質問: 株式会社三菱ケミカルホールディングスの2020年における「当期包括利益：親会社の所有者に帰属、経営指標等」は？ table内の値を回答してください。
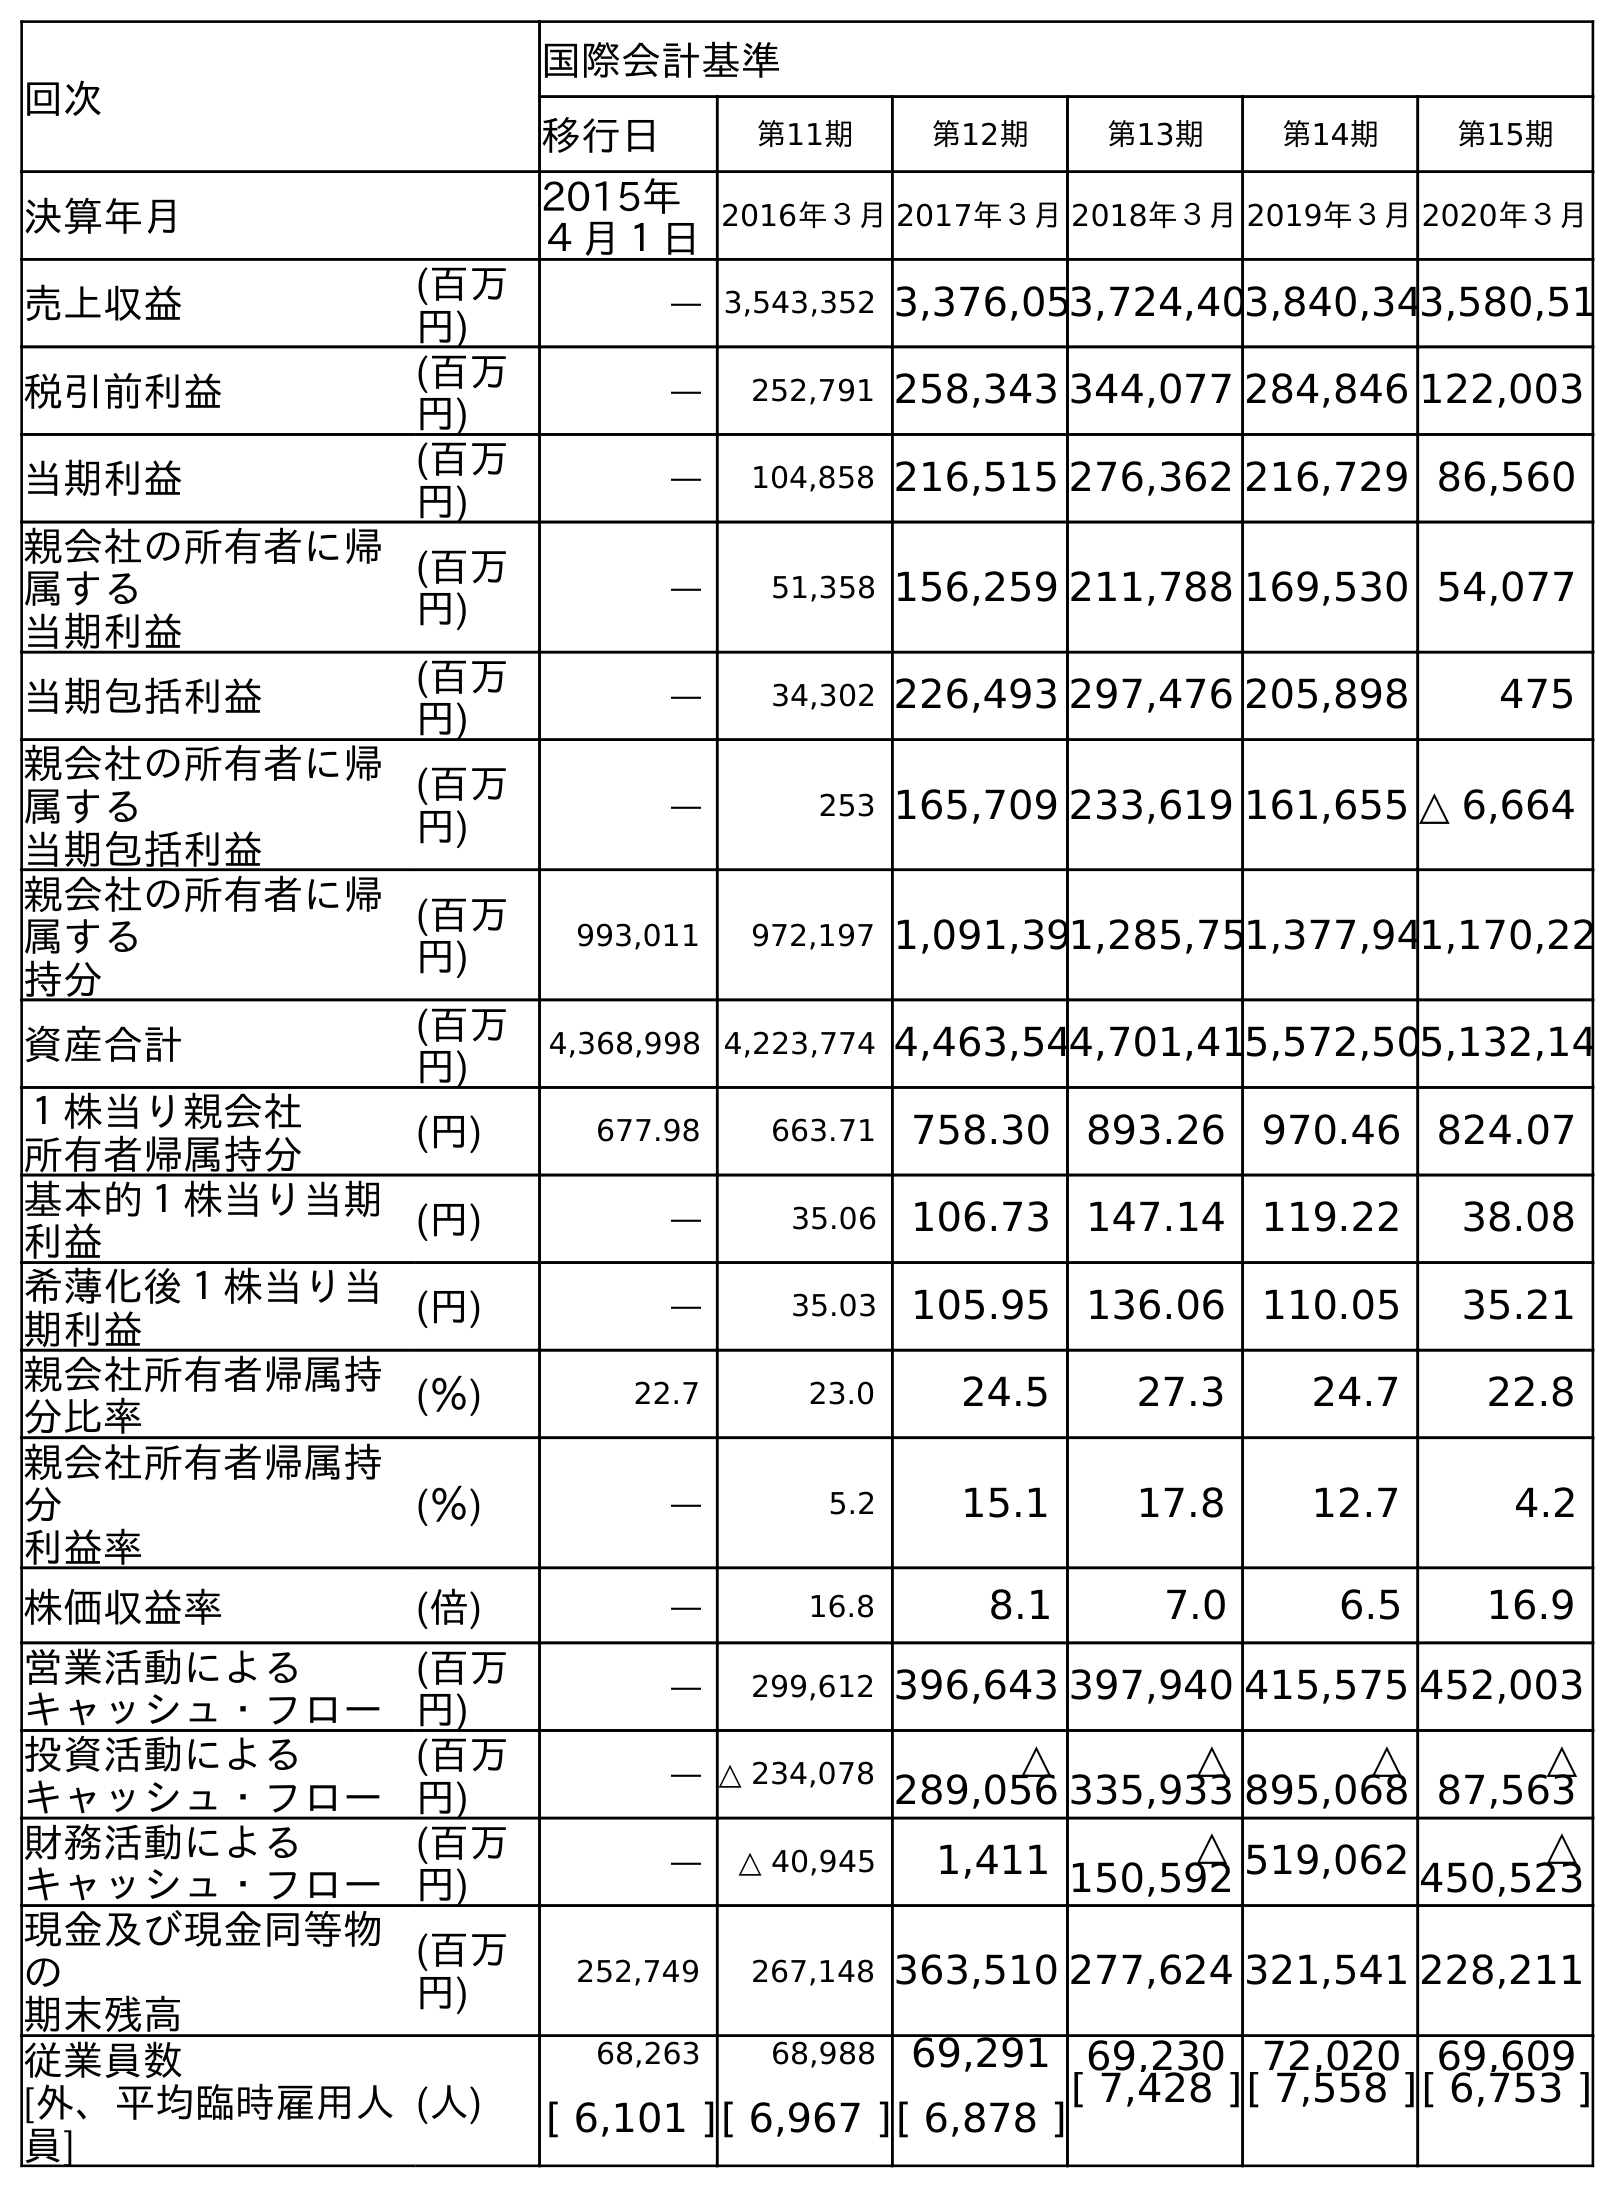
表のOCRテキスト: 回次 国際会計基準 移行日 第11期 第12期 第13期 第14期 第15期 決算年月 2015年 ４月１日 2016年３月2017年３月2018年３月2019年３月2020年３月 売上収益 (百万 円) ― 3,543,352 3,376,053,724,403,840,343,580,51 税引前利益 (百万 円) ― 252,791 258,343 344,077 284,846 122,003 当期利益 (百万 円) ― 104,858 216,515 276,362 216,729 86,560 親会社の所有者に帰 属する 当期利益 (百万 円) ― 51,358 156,259 211,788 169,530 54,077 当期包括利益 (百万 円) ― 34,302 226,493 297,476 205,898 475 親会社の所有者に帰 属する 当期包括利益 (百万 円) ― 253 165,709 233,619 161,655 △ 6,664 親会社の所有者に帰 属する 持分 (百万 円) 993,011 972,197 1,091,391,285,751,377,941,170,22 資産合計 (百万 円) 4,368,998 4,223,774 4,463,544,701,415,572,505,132,14 １株当り親会社 所有者帰属持分 (円) 677.98 663.71 758.30 893.26 970.46 824.07 基本的１株当り当期 利益 (円) ― 35.06 106.73 147.14 119.22 38.08 希薄化後１株当り当 期利益 (円) ― 35.03 105.95 136.06 110.05 35.21 親会社所有者帰属持 分比率 (％) 22.7 23.0 24.5 27.3 24.7 22.8 親会社所有者帰属持 分 利益率 (％) ― 5.2 15.1 17.8 12.7 4.2 株価収益率 (倍) ― 16.8 8.1 7.0 6.5 16.9 営業活動による キャッシュ・フロー (百万 円) ― 299,612 396,643 397,940 415,575 452,003 投資活動による キャッシュ・フロー (百万 円) ― △ 234,078 △ 289,056 △ 335,933 △ 895,068 △ 87,563 財務活動による キャッシュ・フロー (百万 円) ― △ 40,945 1,411 △ 150,592 519,062 △ 450,523 現金及び現金同等物 の 期末残高 (百万 円) 252,749 267,148 363,510 277,624 321,541 228,211 従業員数 [外、平均臨時雇用人 員] (人) 68,263 68,988 69,291 69,230 72,020 69,609 [ 6,101 ][ 6,967 ][ 6,878 ][ 7,428 ][ 7,558 ][ 6,753 ]
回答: △6,664